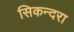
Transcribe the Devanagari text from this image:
सिकन्‍दरा